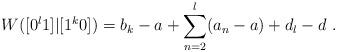
LaTeX: \begin{align*}W([0^l 1]|[1^k0]) = b_k - a + \sum_{n=2}^l (a_n - a) + d_l - d \ .\end{align*}